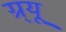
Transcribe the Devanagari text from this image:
ग्र्यू